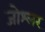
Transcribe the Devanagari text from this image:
जोश्लर